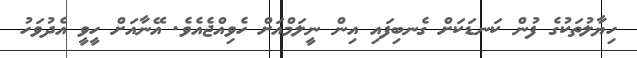
ހިޔާލުތަކުގެ ފުން ކަނޑަކަށް ގެނބިފައި އިން ނީލަމްއަށް ހެވިއްޖެއެވެ. އޭނާއަށް ހީވީ އެދުވަހު